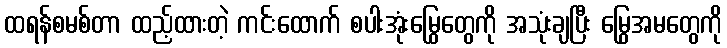
ထရန်စမစ်တာ ထည့်ထားတဲ့ ကင်းထောက် စပါးအုံးမြွေတွေကို အသုံးချပြီး မြွေအမတွေကို